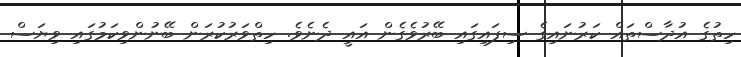
ހިތުގެ އުދާސްތައް ކަރުނައިގެ ސިފައިގައި ބޭރުވެގެން އައީ ދެނެވެ. ހިތްވަރުކުރަން ބޭނުންވިކަމުގައި ވިޔަސް